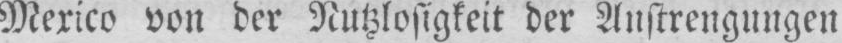
Mexico von der Nutzlosigkeit der Anstrengungen